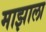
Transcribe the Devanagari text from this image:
माझाला